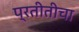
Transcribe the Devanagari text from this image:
प्रतीतीचा